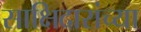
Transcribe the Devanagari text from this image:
साक्षिदारांच्या